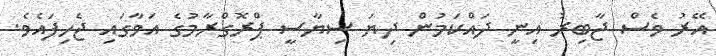
އޭރު ވެސް ޖާބިރު އިނީ ދައްކަމުން ދިޔަ ސިޔާސީ ޕްރޮގްރާމުގެ އަވާގައި ޖެހިފައެވެ.